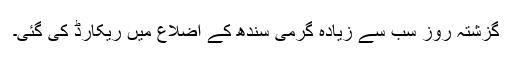
گزشتہ روز سب سے زیادہ گرمی سندھ کے اضلاع میں ریکارڈ کی گئی۔